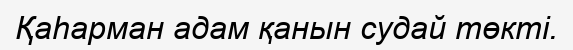
Қаһарман адам қанын судай төкті.